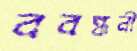
ববন্ধনী